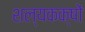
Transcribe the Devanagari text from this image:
शल्यकक्षों